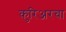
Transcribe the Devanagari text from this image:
कुरिअरचा